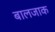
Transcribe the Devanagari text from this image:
बालजाक